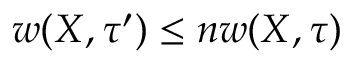
w ( X , \tau ^ { \prime } ) \leq n w ( X , \tau )